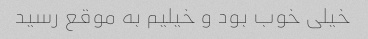
خیلی خوب بود و خیلیم به موقع رسید